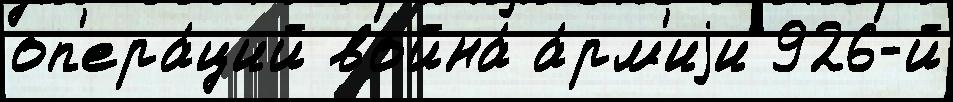
оп'ера́ций война́ а́рм'иjи 926-й